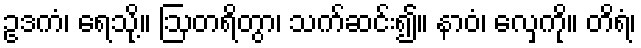
ဥဒကံ၊ ရေသို့။ ဩတရိတွာ၊ သက်ဆင်း၍။ နာဝံ၊ လှေကို။ တိရံ၊